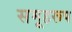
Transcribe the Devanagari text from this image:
समूहरूप